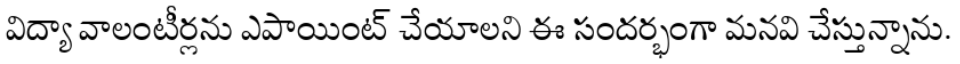
విద్యా వాలంటీర్లను ఎపాయింట్ చేయాలని ఈ సందర్భంగా మనవి చేస్తున్నాను.